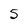
Character: 5